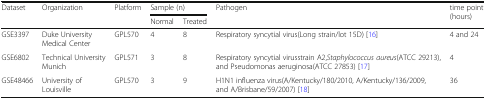
| <ROWSPAN=2> Dataset | <ROWSPAN=2> Organization | <ROWSPAN=2> Platform | <COLSPAN=2> Sample (n) | <ROWSPAN=2> Pathogen | <ROWSPAN=2> time point (hours) |
 | Normal | Treated |
 | --- | --- | --- | --- | --- | --- | --- |
 | GSE3397 | Duke University Medical Center | GPL570 | 4 | 8 | Respiratory syncytial virus(Long strain/lot 15D) [16] | 4 and 24 |
 | GSE6802 | Technical University Munich | GPL571 | 3 | 8 | Respiratory syncytial virusstrain A2,Staphylococcus aureus(ATCC 29213), and Pseudomonas aeruginosa(ATCC 27853) [17] | 4 |
 | GSE48466 | University of Louisville | GPL570 | 3 | 9 | H1N1 influenza virus(A/Kentucky/180/2010, A/Kentucky/136/2009, and A/Brisbane/59/2007) [18] | 36 |